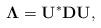
LaTeX: \begin{align*} \mathbf{\Lambda}=\mathbf{U}^*\mathbf{D}\mathbf{U},\end{align*}